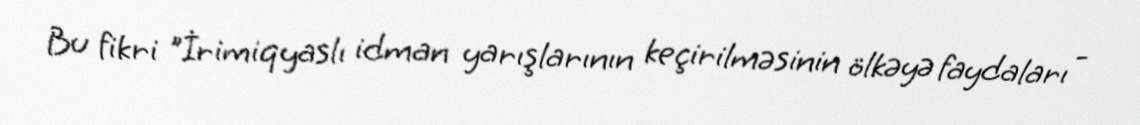
Bu fikri "İrimiqyaslı idman yarışlarının keçirilməsinin ölkəyə faydaları -